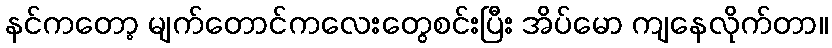
နင်ကတော့ မျက်တောင်ကလေးတွေစင်းပြီး အိပ်မော ကျနေလိုက်တာ။